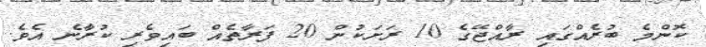
ކޮންމެ ބުރެއްގައި ރާއްޖޭގެ 10 ރަށަކުން 20 ފަރާތެއް ބައިވެރި ކުރާނެ އެވެ.